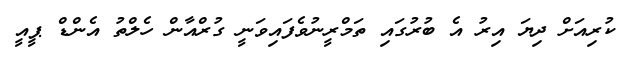
ކުރިއަށް ދިޔަ އިރު އެ ބުރުގައި ތަމްރީނުވެފައިވަނީ ގުރްއާން ހެލްތު އެންޑް ޕީއީ